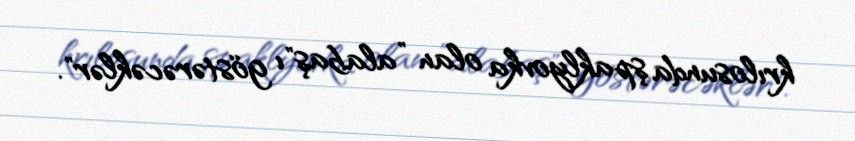
krılosunda şpaklyovka olan ”alabaş"ı göstərəcəklər".